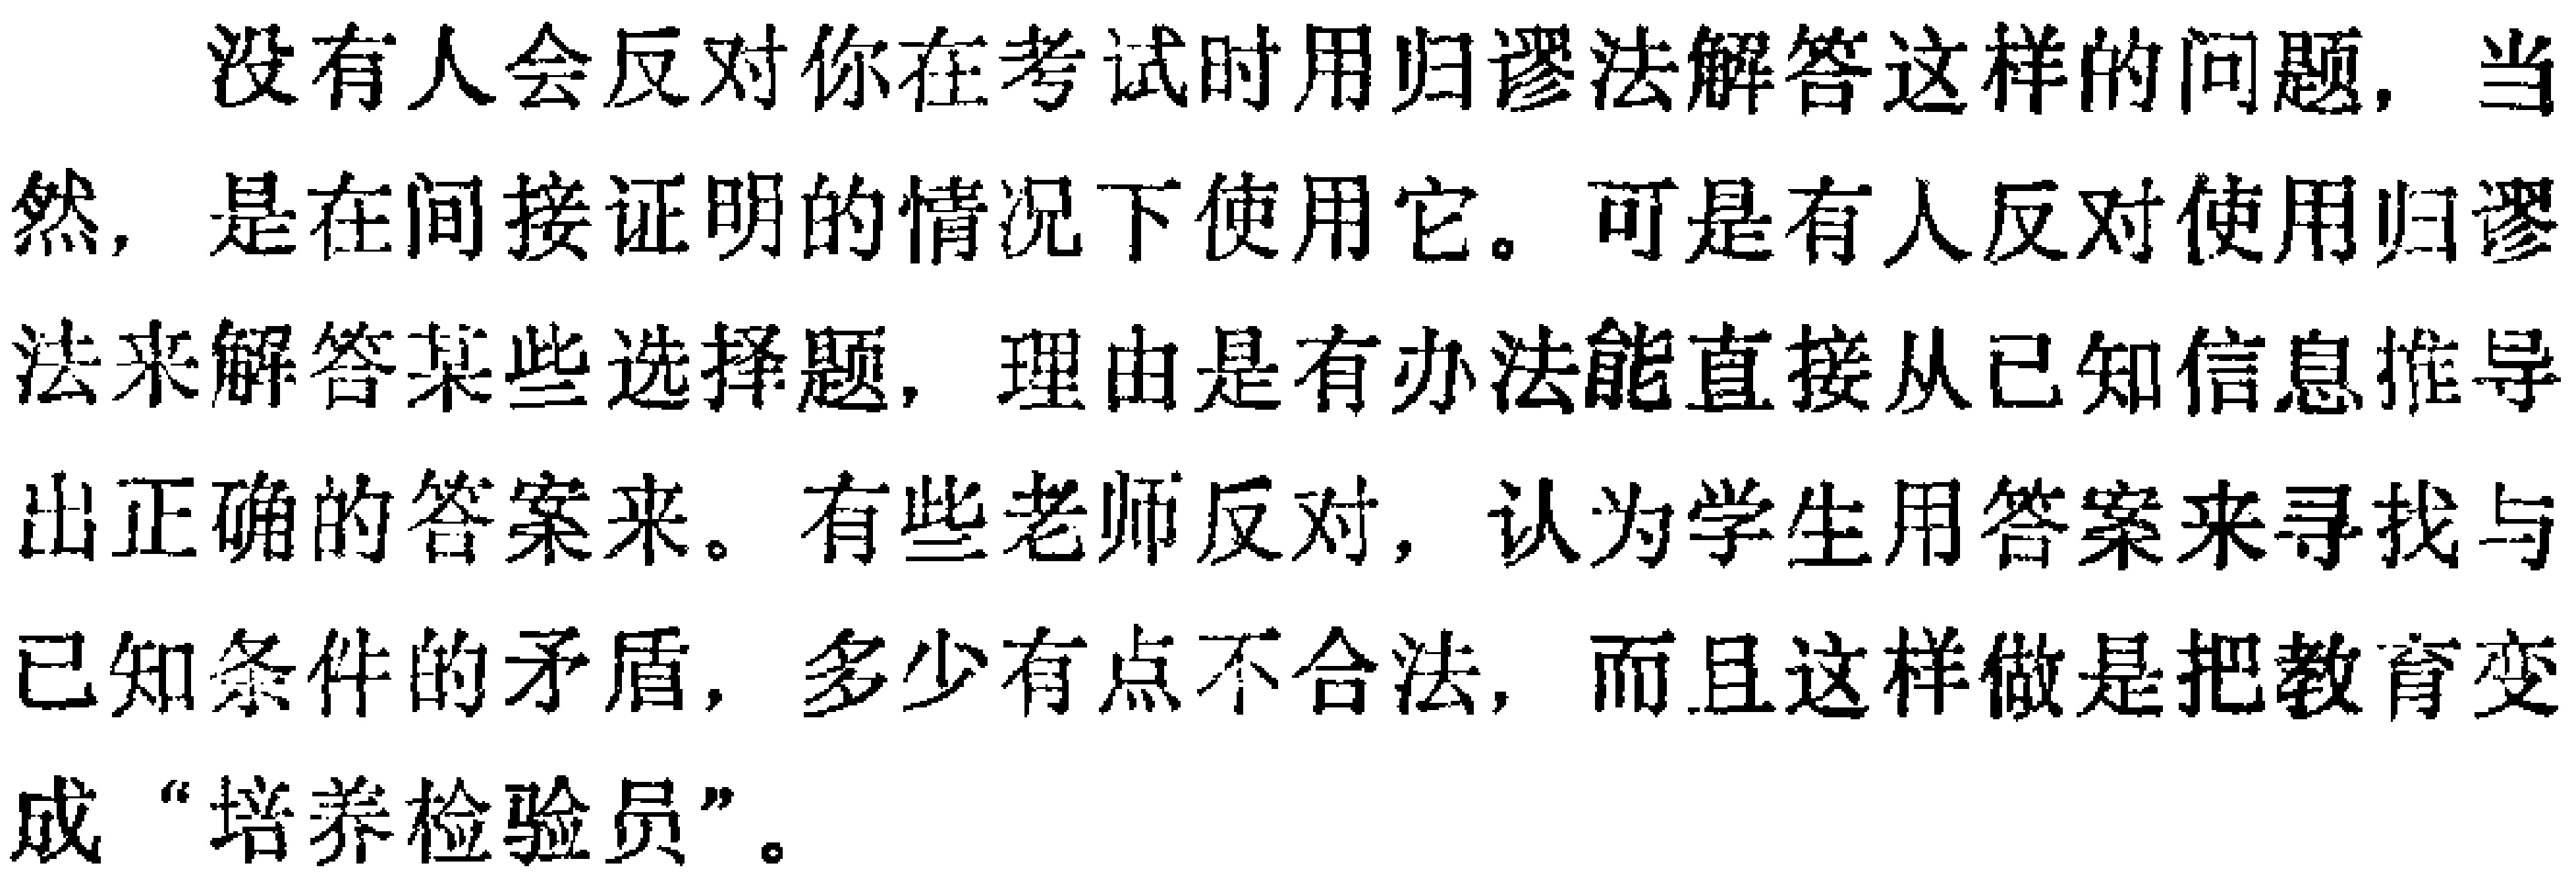
没有人会反对你在考试时用归谬法解答这样的问题，当然，是在间接证明的情况下使用它。可是有人反对使用归谬法来解答某些选择题，理由是有办法能直接从已知信息推导出正确的答案来。有些老师反对，认为学生用答案来寻找与已知条件的矛盾，多少有点不合法，而且这样做是把教育变成“培养检验员”。